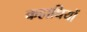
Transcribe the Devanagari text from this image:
कहाधियों